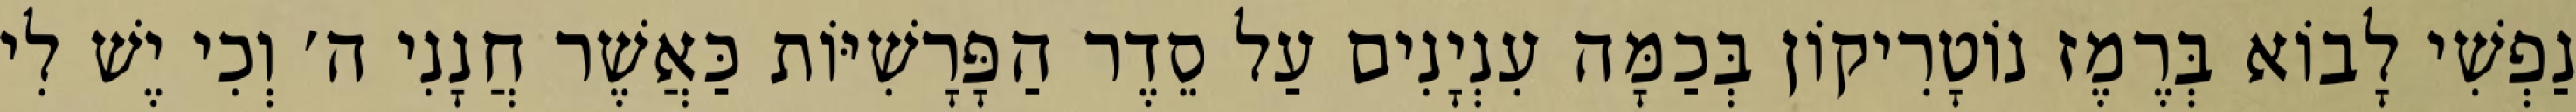
נַפְשִׁי לָבוֹא בְּרֶמֶז נוֹטָרִיקוֹן בְּכַמָּה עִנְיָנִים עַל סֵדֶר הַפָּרָשִׁיּוֹת כַּאֲשֶׁר חֲנָנִי ה׳ וְכִי יֶשׁ לִי